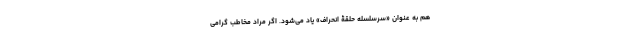
هم به عنوان «سرسلسله حلقۀ انحراف» یاد می‌شود. اگر مراد مخاطب گرامی